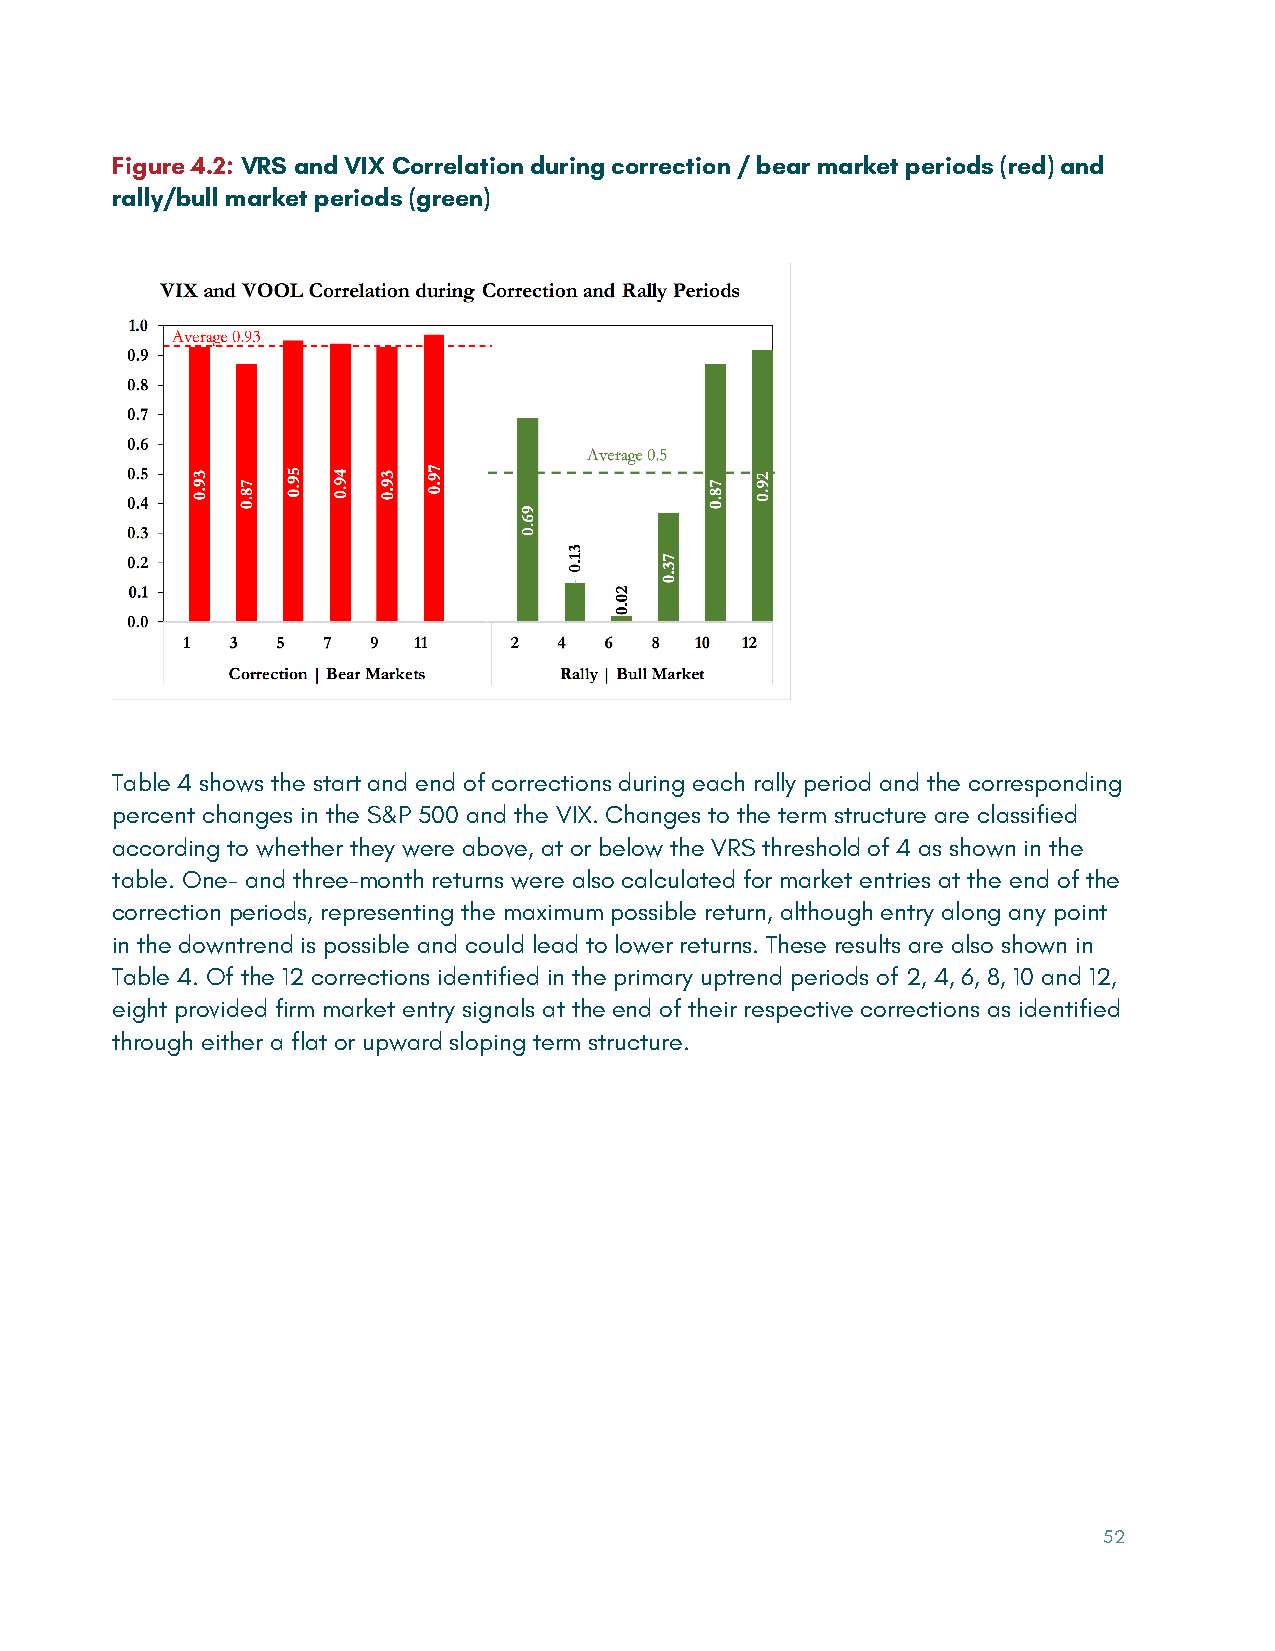
Figure 4.2: VRS and VIX Correlation during correction / bear market periods (red) and
 rally/bull market periods (green)
 Table 4 shows the start and end of corrections during each rally period and the corresponding
 percent changes in the S&P 500 and the VIX. Changes to the term structure are classified
 according to whether they were above, at or below the VRS threshold of 4 as shown in the
 table. One- and three-month returns were also calculated for market entries at the end of the
 correction periods, representing the maximum possible return, although entry along any point
 in the downtrend is possible and could lead to lower returns. These results are also shown in
 Table 4. Of the 12 corrections identified in the primary uptrend periods of 2, 4, 6, 8, 10 and 12,
 eight provided firm market entry signals at the end of their respective corrections as identified
 through either a flat or upward sloping term structure.
 52